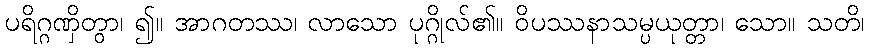
ပရိဂ္ဂဏှိတွာ၊ ၍။ အာဂတဿ၊ လာသော ပုဂ္ဂိုလ်၏။ ဝိပဿနာသမ္ပယုတ္တာ၊ သော။ သတိ၊